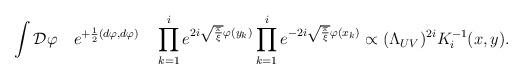
LaTeX: \begin{align*}\int{\cal D}\varphi\quad e^{+{1\over 2}(d\varphi,d\varphi)}\quad\prod_{k=1}^i e^{2i\sqrt{\pi\over\xi}\varphi(y_k)}\prod_{k=1}^i e^{-2i\sqrt{\pi\over\xi}\varphi(x_k)}\propto(\Lambda_{UV})^{2i}K^{-1}_i(x,y).\end{align*}